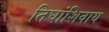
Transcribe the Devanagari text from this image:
तिघांशिवाय